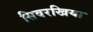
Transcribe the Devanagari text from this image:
सिवरखिया